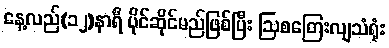
နေ့လည်(၁၂)နာရီ ပိုင်ဆိုင်မည်ဖြစ်ပြီး ဩစတြေးလျသံရုံး